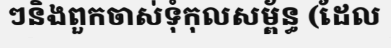
ៗនិងពួកចាស់ទុំកុលសម្ព័ន្ធ (ដែល